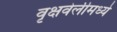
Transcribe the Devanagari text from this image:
वृक्षवेलीमध्ये